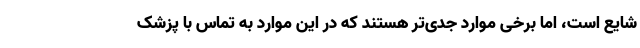
شایع است، اما برخی موارد جدی‌تر هستند که در این موارد به تماس با پزشک